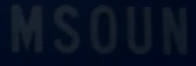
MSOUN